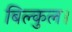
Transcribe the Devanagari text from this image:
बिल्कुल।